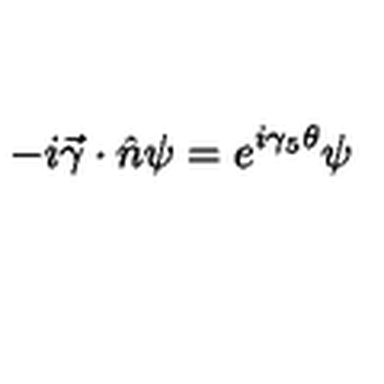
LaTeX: - i \vec { \gamma } \cdot \hat { n } \psi = e ^ { i \gamma _ { 5 } \theta } \psi